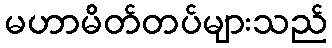
မဟာမိတ်တပ်များသည်